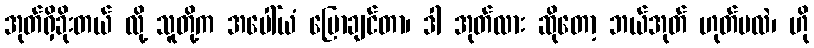
အုတ်ရှိခိုးတယ် လို့ သူတို့က အပေါ်ယံ ပြောချင်တာ၊ ဒါ အုတ်လား ဆိုတော့ ဘယ်အုတ် ဟုတ်မလဲ၊ ဟို